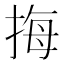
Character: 挴